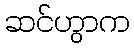
ဆင်ဟွာက